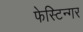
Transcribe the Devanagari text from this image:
फेस्टिन्गर